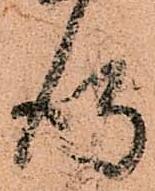
得